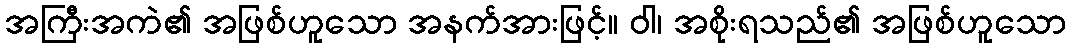
အကြီးအကဲ၏ အဖြစ်ဟူသော အနက်အားဖြင့်။ ဝါ၊ အစိုးရသည်၏ အဖြစ်ဟူသော